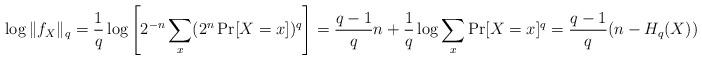
LaTeX: \begin{align*} \log\|f_X\|_q =\frac{1}{q}\log\left[2^{-n}\sum_x (2^n\Pr[X=x])^q\right] =\frac{q-1}{q}n+\frac{1}{q}\log\sum_x\Pr[X=x]^q =\frac{q-1}{q}(n-H_q(X))\;.\end{align*}